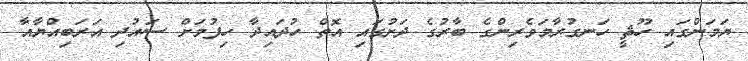
ޔަމަންގައި ހޫޘީ ހަނގުރާމަވެރިންގެ ބާރުގެ ދަށުގައި އޮތް ހުދައިދާ ހިފުމަށް ސައުދި އަރަބިއްޔާއާ